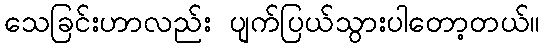
သေခြင်းဟာလည်း ပျက်ပြယ်သွားပါတော့တယ်။